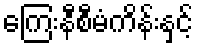
ကြေးနီစီမံကိန်းနှင့်